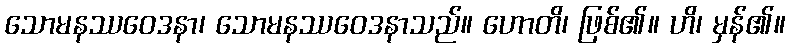
သောမနဿဝေဒနာ၊ သောမနဿဝေဒနာသည်။ ဟောတိ၊ ဖြစ်၏။ ဟိ၊ မှန်၏။